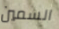
السمين